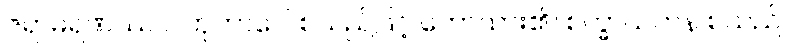
ဇရာမရဏဿ ပါတုဘာဝေါ စသည်ဖြင့် ဟောထား၏။ စက္ခာယတန စသည်